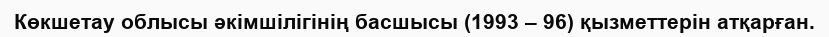
Көкшетау облысы әкімшілігінің басшысы (1993 – 96) қызметтерін атқарған.